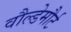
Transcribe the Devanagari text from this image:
वौल्डेमौर्ट